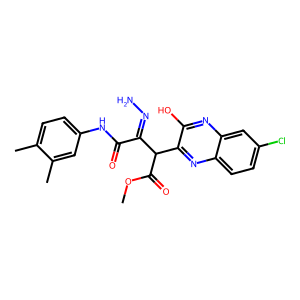
SMILES: COC(=O)C(C(=NN)C(=O)Nc1ccc(C)c(C)c1)c1nc2ccc(Cl)cc2nc1O
Inhibits HIV replication: No